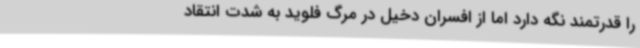
را قدرتمند نگه دارد اما از افسران دخیل در مرگ فلوید به شدت انتقاد